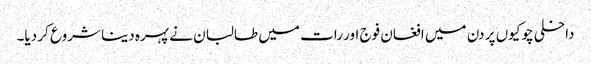
داخلی چوکیوں پر دن میں افغان فوج اور رات میں طالبان نے پہرہ دینا شروع کر دیا۔